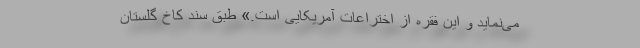
می‌نماید و این فقره از اختراعات آمریکایی است.» طبق سند کاخ گلستان